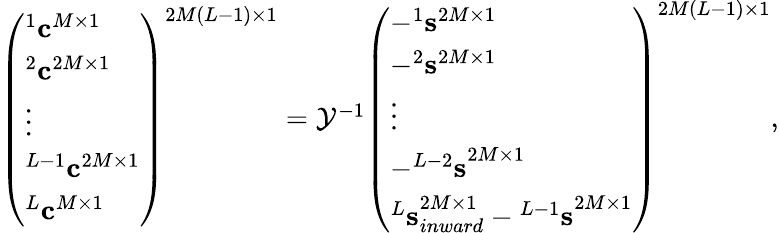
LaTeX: \begin{array}{r}{\left(\begin{array}{l}{^1{\mathbf c}^{M\times 1}}\\ {^2{\mathbf c}^{2M\times 1}}\\ {\vdots}\\ {^{L-1}{\mathbf c}^{2M\times 1}}\\ {^{L}{\mathbf c}^{M\times 1}}\end{array}\right)^{2M(L-1)\times 1}={\cal Y}^{-1}\left(\begin{array}{l}{-^{1}{\mathbf s}^{2M\times 1}}\\ {-^{2}{\mathbf s}^{2M\times 1}}\\ {\vdots}\\ {-{^{L-2}{\mathbf s}}^{2M\times 1}}\\ {{^L{\mathbf s}}_{inward}^{2M\times 1}-{^{L-1}{\mathbf s}}^{2M\times 1}}\end{array}\right)^{2M(L-1)\times 1},}\end{array}